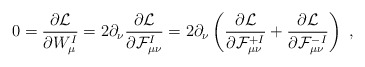
\begin{align*}0=\frac{\partial{\cal L}}{\partial W_\mu^I}=2\partial_\nu\frac{\partial{\cal L}}{\partial {\cal F}^I_{\mu\nu}}= 2\partial_\nu\left( \frac{\partial{\cal L}}{\partial {\cal F}^{+I}_{\mu\nu}}+ \frac{\partial{\cal L}}{\partial {\cal F}^{-I}_{\mu\nu}}\right)\ ,\end{align*}